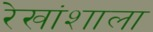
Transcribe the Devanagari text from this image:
रेखांशाला